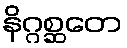
နိဂ္ဂစ္ဆတေ